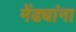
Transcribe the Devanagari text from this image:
मेंढ्यांना